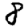
Digit: 8